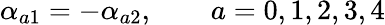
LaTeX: \alpha_{a1}=-\alpha_{a2},\qquad a=0,1,2,3,4